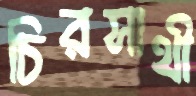
চিরসাথী